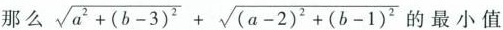
那么 $$\sqrt{a^{2}+(b-3)^{2}}+ \sqrt{(a-2)^{2}+(b-1)^{2}}$$ 最小值